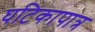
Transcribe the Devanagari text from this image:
घटिकापात्र